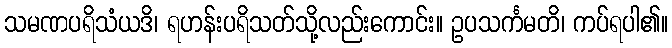
သမဏပရိသံယဒိ၊ ရဟန်းပရိသတ်သို့လည်းကောင်း။ ဥပသင်္ကမတိ၊ ကပ်ရပါ၏။